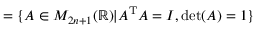
= \{ A \in M _ { 2 n + 1 } ( \mathbb { R } ) | A ^ { \mathrm { T } } A = I , \det ( A ) = 1 \}